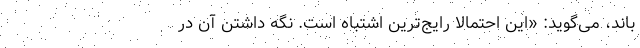
باند، می‌گوید: «این احتمالا رایج‌ترین اشتباه است. نگه داشتن آن در